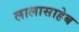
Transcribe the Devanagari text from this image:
लालासाहेब